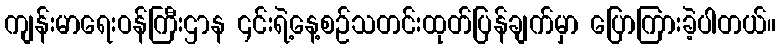
ကျန်းမာရေးဝန်ကြီးဌာန ၎င်းရဲ့နေ့စဉ်သတင်းထုတ်ပြန်ချက်မှာ ပြောကြားခဲ့ပါတယ်။